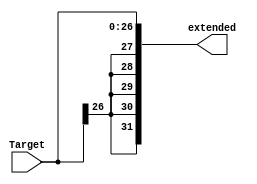
module sign_extend_target(extended, Target);

   //Inputs
   input[26:0] Target;

   //Output
   output [31:0] extended;

   wire sign;
   assign sign = Target[26];

   assign extended[26:0] = Target;

   assign extended[27] = sign;
   assign extended[28] = sign;
   assign extended[29] = sign;
   assign extended[30] = sign;
   assign extended[31] = sign;


endmodule